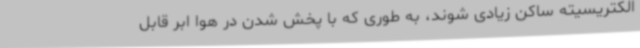
الکتریسیته ساکن زیادی شوند، به طوری که با پخش شدن در هوا ابر قابل